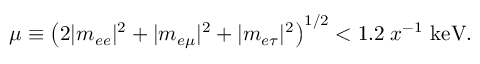
\mu \equiv \left( 2 | m _ { e e } | ^ { 2 } + | m _ { e \mu } | ^ { 2 } + | m _ { e \tau } | ^ { 2 } \right) ^ { 1 / 2 } < 1 . 2 \; x ^ { - 1 } \mathrm { \ k e V } .